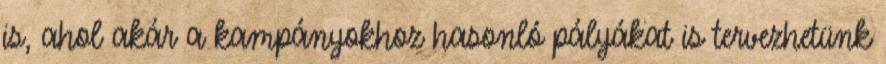
is, ahol akár a kampányokhoz hasonló pályákat is tervezhetünk